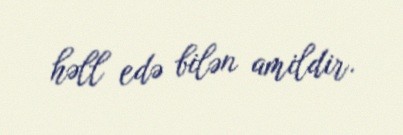
həll edə bilən amildir.